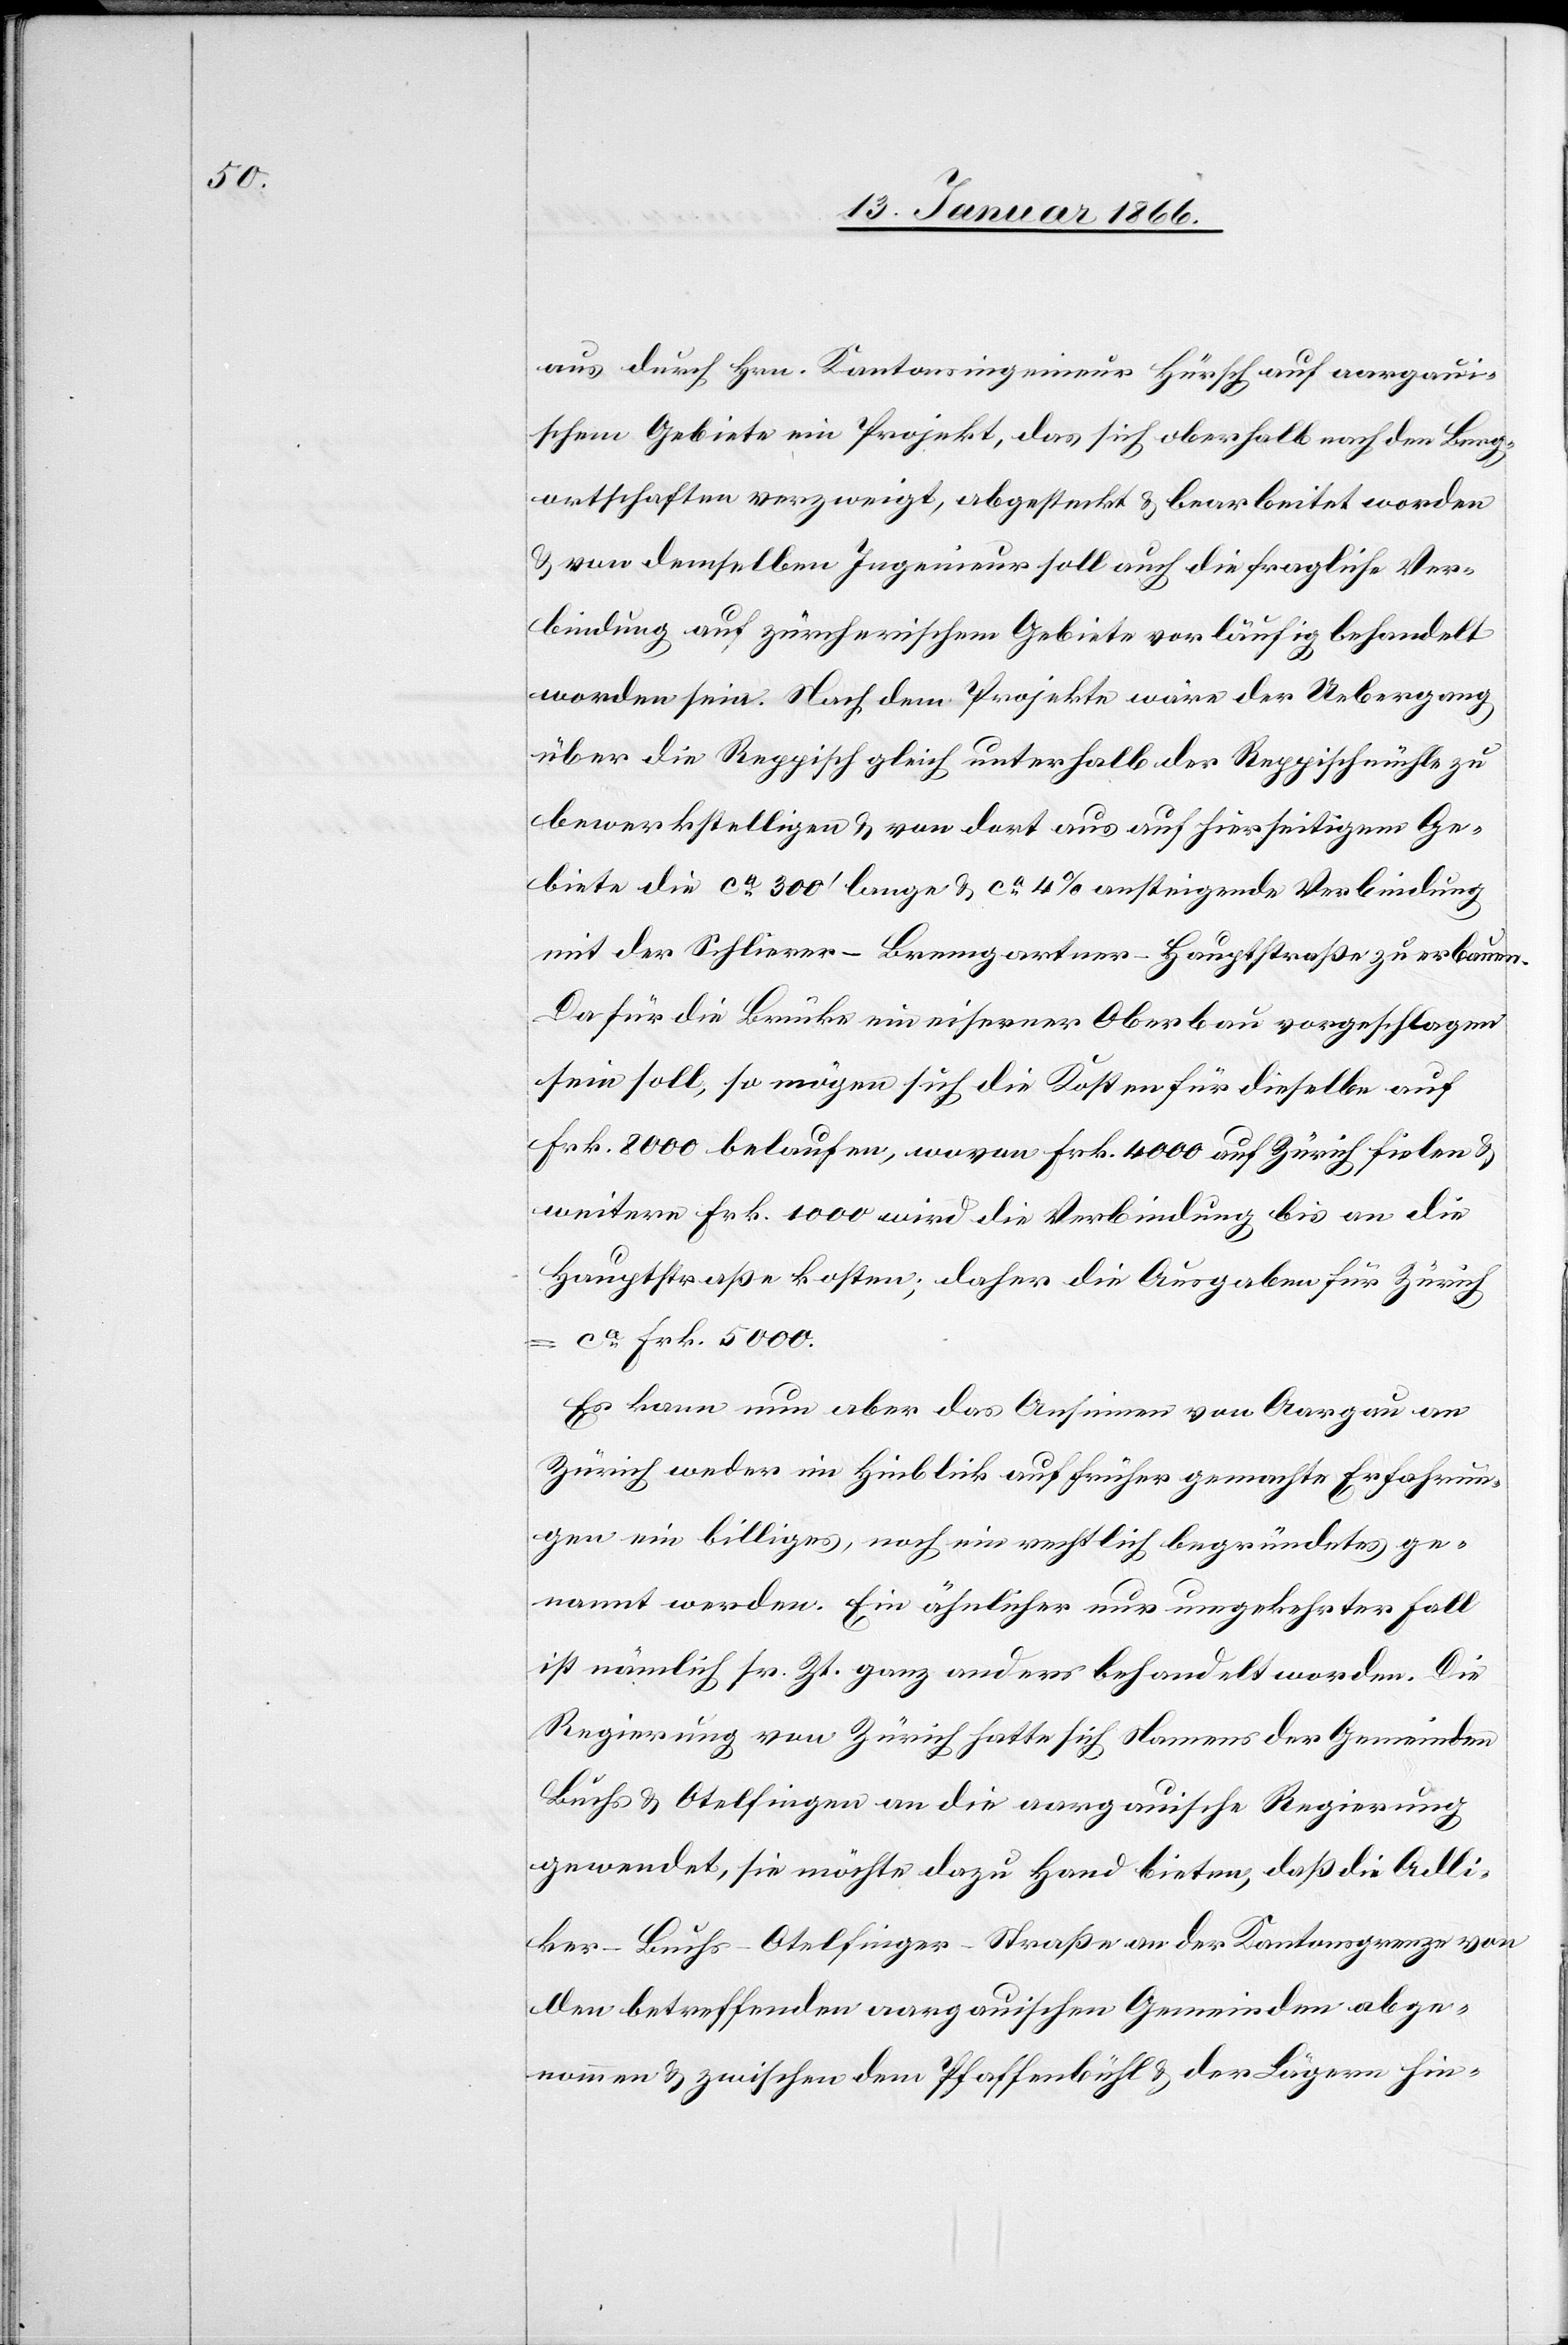
aus durch Hrn. Kantonsingenieur Hürsch auf aargau¬
ischem Gebiete ein Projekt, das sich oberhalb nach den Berg¬
ortschaften verzweigt, abgesteckt u. bearbeitet worden
u. von demselben Ingenieur soll auch die fragliche Ver¬
bindung auf zürcherischem Gebiete vorläufig behandelt
worden sein. Nach dem Projekte wäre der Uebergang
über die Reppisch gleich unterhalb der Reppischmühle zu
bewerkstelligen u. von dort aus auf hierseitigem Ge¬
biete die ca. 300' lange u. ca. 4% ansteigende Verbindung
mit der Schlierer-Bremgartner-Hauptstraße zu erbauen.
Da für die Brücke ein eiserner Oberbau vorgeschlagen
sein soll, so mögen sich die Kosten für dieselbe auf
Frk. 8000 belaufen, wovon Frk. 4000 auf Zürich fielen u.
weitere Frk. 1000 wird die Verbindung bis an die
Hauptstraße kosten; daher die Ausgaben für Zürich
ca. Frk. 5000.
Es kann nun aber das Ansinnen von Aargau an
Zürich weder im Hinblick auf früher gemachte Erfahrun¬
gen ein billiges, noch ein rechtlich begründetes ge¬
nannt werden. Ein ähnlicher nur umgekehrter Fall
ist nämlich sr. Zt. ganz anders behandelt worden. Die
Regierung von Zürich hatte sich Namens der Gemeinden
Buchs u. Otelfingen an die aaragauische Regierung
gewendet, sie möchte dazu Hand bieten, daß die Aelli¬
ker-Buchs-Otelfingen-Straße an der Kantonsgrenze von
allen betreffenden aargauischen Gemeinden abge¬
nommen u. zwischen dem Pfaffenbühl u. der Lägern hin-